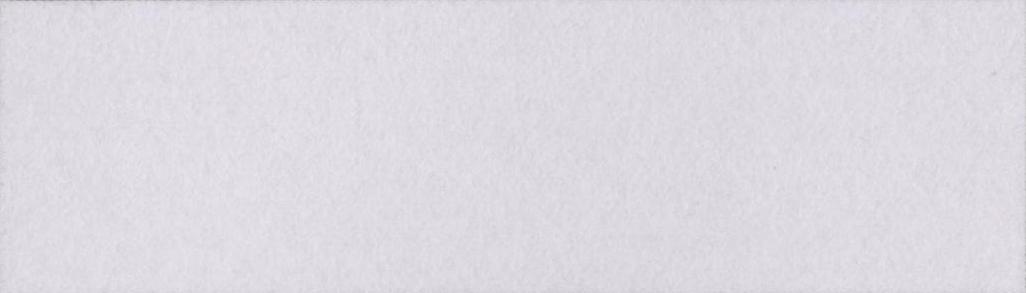
भौगोलिक